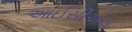
આઈસીએલ